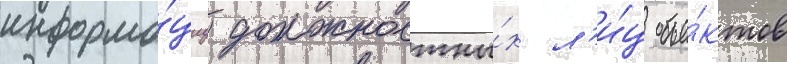
информа́циу должностны́х л'и́ц объе́ктов